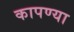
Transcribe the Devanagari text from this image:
कापण्या